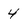
Character: 4